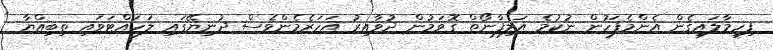
ފިހިމާލައިގެން އެންމެފަހުން ނުކުމެ އަލިފާނޯތް ގޮވަމުން ދުވާއިރު އަހަރެމެންވެސް ދުނިޔޭގައި ލަހައްޓަވައި ތިބިއްޔާ